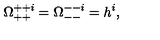
\Omega _ { + + } ^ { + + i } = \Omega _ { -- } ^ { -- i } = h ^ { i } ,